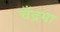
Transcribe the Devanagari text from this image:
चँद्रमा